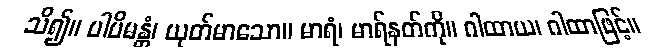
သိ၍။ ပါပိမန္တံ၊ ယုတ်မာသော။ မာရံ၊ မာရ်နတ်ကို။ ဂါထာယ၊ ဂါထာဖြင့်။